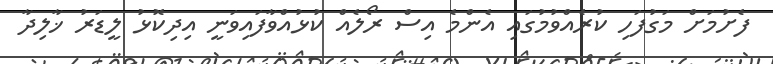
ފެށުމަށް މަގުފަހި ކުރެއްވުމުގައި އެންމެ އިސް ރޯލެއް ކުޅުއްވާފައިވަނީ އިދިކޮޅު ލީޑަރު ޚާލިދާ